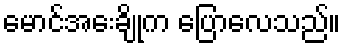
မောင်အေးချိုက ပြောလေသည်။